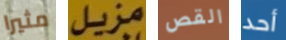
مثيرا مزيل القص أحد